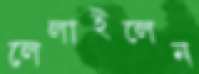
লেলাইলেন